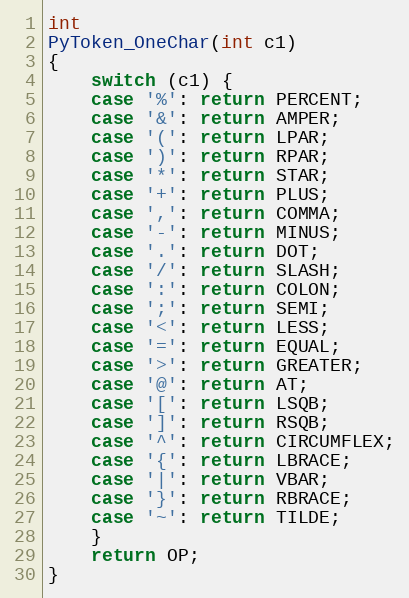
Language: C
int
PyToken_OneChar(int c1)
{
    switch (c1) {
    case '%': return PERCENT;
    case '&': return AMPER;
    case '(': return LPAR;
    case ')': return RPAR;
    case '*': return STAR;
    case '+': return PLUS;
    case ',': return COMMA;
    case '-': return MINUS;
    case '.': return DOT;
    case '/': return SLASH;
    case ':': return COLON;
    case ';': return SEMI;
    case '<': return LESS;
    case '=': return EQUAL;
    case '>': return GREATER;
    case '@': return AT;
    case '[': return LSQB;
    case ']': return RSQB;
    case '^': return CIRCUMFLEX;
    case '{': return LBRACE;
    case '|': return VBAR;
    case '}': return RBRACE;
    case '~': return TILDE;
    }
    return OP;
}